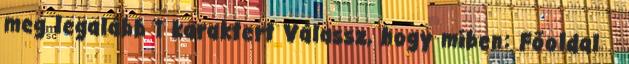
meg legalább 1 karaktert Válassz, hogy miben: Főoldal